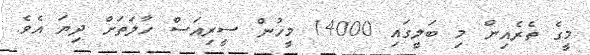
މީގެ ތެރެއިން މި ބަލީގައި 14000 މީހުން ސީރިއަސް ހާލަތަށް ދިޔަ އެވެ.